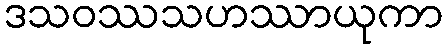
ဒသဝဿသဟဿာယုကာ